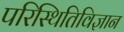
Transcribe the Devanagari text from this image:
परिस्थितिविज्ञान